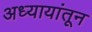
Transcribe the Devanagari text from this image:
अध्यायांतून